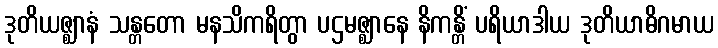
ဒုတိယဇ္ဈာနံ သန္တတော မနသိကရိတွာ ပဌမဇ္ဈာနေ နိကန္တိံ ပရိယာဒါယ ဒုတိယာဓိဂမာယ